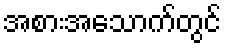
အစားအသောက်တွင်